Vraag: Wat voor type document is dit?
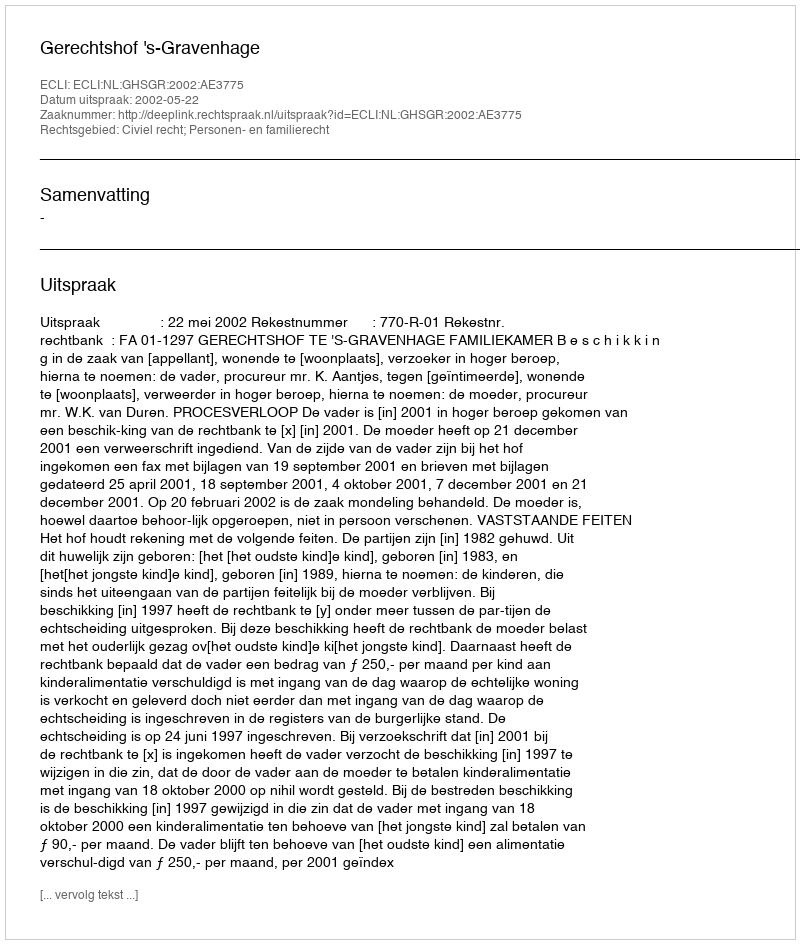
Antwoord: Uitspraak